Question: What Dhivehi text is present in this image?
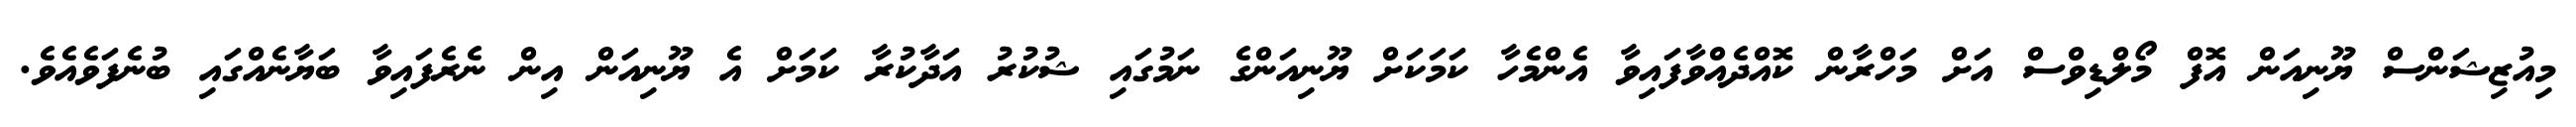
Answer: މިއުޒިޝަންސް ޔޫނިއަން އޮފް މޯލްޑިވްސް އަށް މަހްރާން ކޮއްދެއްވާފައިވާ އެންމެހާ ކަމަކަށް ޔޫނިއަންގެ ނަމުގައި ޝުކުރު އަދާކުރާ ކަމަށް އެ ޔޫނިއަން އިން ނެރެފައިވާ ބަޔާނެއްގައި ބުނެފަވެއެވެ.